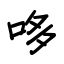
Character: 哆